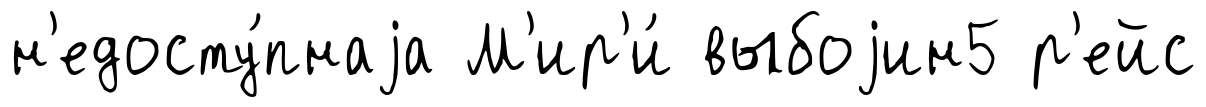
н'едосту́пнаjа М'ир'и́ выбоjин5 р'ейс